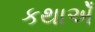
કથાએઁ